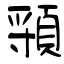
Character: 頱